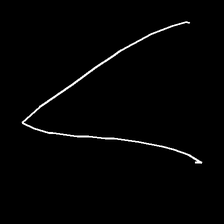
Glyph: region